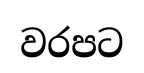
වරපට